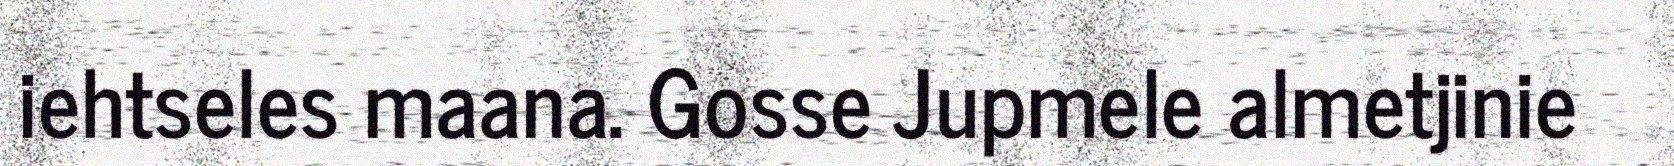
iehtseles maana. Gosse Jupmele almetjinie